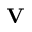
\mathbf { V }